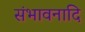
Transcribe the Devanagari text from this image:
संभावनादि